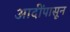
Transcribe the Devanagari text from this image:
आदींपासून